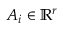
\boldsymbol { A } _ { i } \in \mathbb { R } ^ { r }